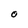
Character: O